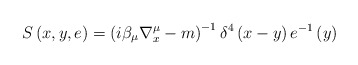
\begin{align*}S\left( x,y,e\right) =\left( i\beta _{\mu }\nabla _{x}^{\mu }-m\right)^{-1}\delta ^{4}\left( x-y\right) e^{-1}\left( y\right) \end{align*}